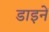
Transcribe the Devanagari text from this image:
डाइनें